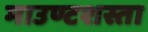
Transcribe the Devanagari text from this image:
माउण्टशस्ता